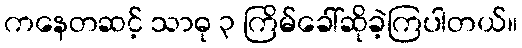
ကနေတဆင့် သာဓု ၃ ကြိမ်ခေါ်ဆိုခဲ့ကြပါတယ်။